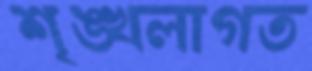
শৃঙ্খলাগত